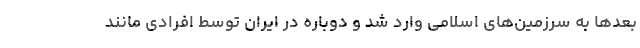
بعدها به سرزمین‌های اسلامی وارد شد و دوباره در ایران توسط افرادی مانند